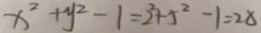
x ^ { 2 } + y ^ { 2 } - 1 = 2 ^ { 2 } + 5 ^ { 2 } - 1 = 2 8